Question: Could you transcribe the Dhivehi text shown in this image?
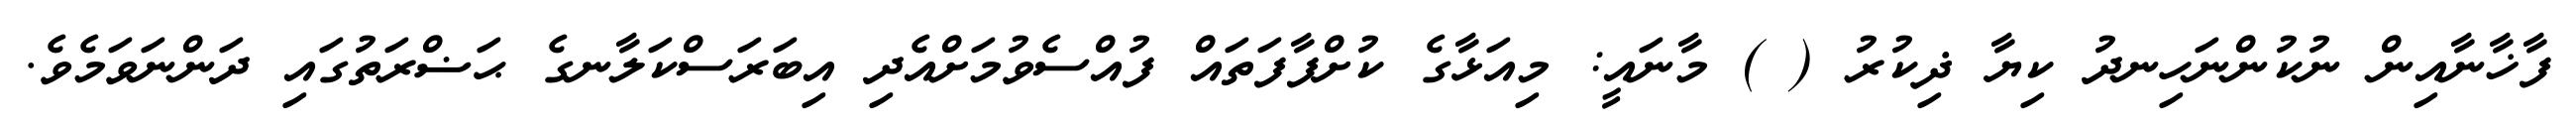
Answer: ފާޚާނާއިން ނުކުންނަހިނދު ކިޔާ ޛިކުރު ( ) މާނައީ: މިއަޅާގެ ކުށްފާފަތައް ފުއްސެވުމަށްއެދި އިބަރަސްކަލާނގެ ޙަޟްރަތުގައި ދަންނަވަމެވެ.